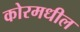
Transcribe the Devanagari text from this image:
कोरमधील